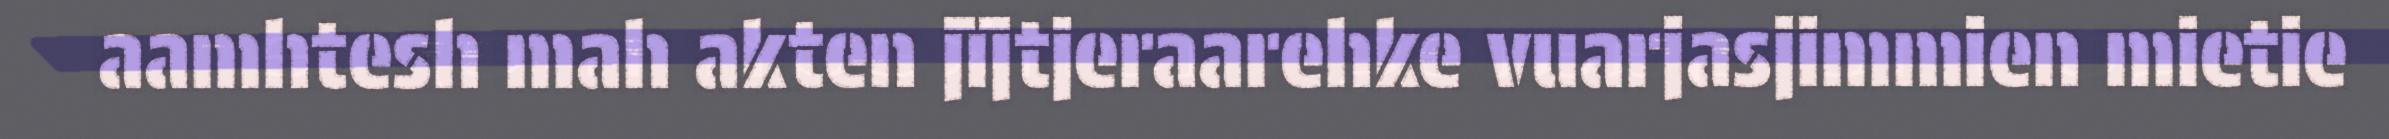
aamhtesh mah akten jïjtjeraarehke vuarjasjimmien mietie